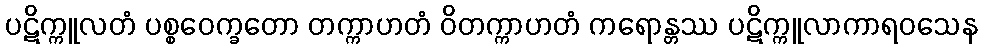
ပဋိက္ကူလတံ ပစ္စဝေက္ခတော တက္ကာဟတံ ဝိတက္ကာဟတံ ကရောန္တဿ ပဋိက္ကူလာကာရဝသေန